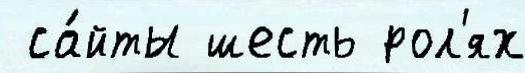
 са́йты шесть рол'ях